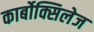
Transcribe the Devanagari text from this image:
कार्बोक्सिलेज